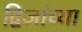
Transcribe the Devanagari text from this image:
द्विजांच्या